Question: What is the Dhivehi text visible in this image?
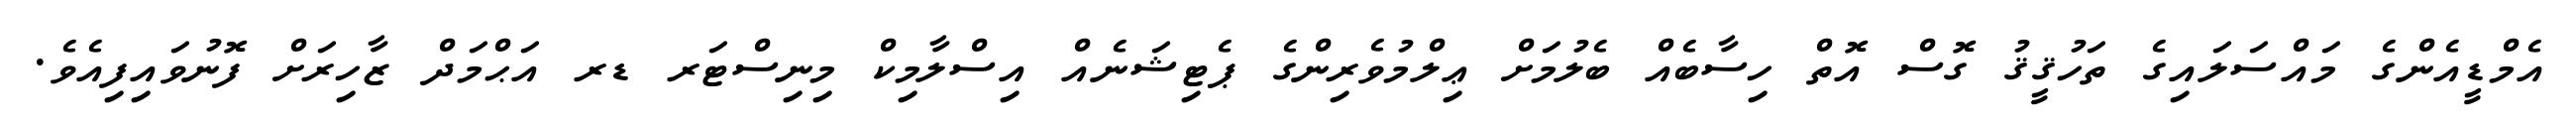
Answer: އެމްޑީއެންގެ މައްސަލައިގެ ތަހުޤީޤު ގޮސް އޮތް ހިސާބެއް ބެލުމަށް ޢިލްމުވެރިންގެ ޕެޓިޝަނެއް އިސްލާމިކް މިނިސްޓަރ ޑރ އަޙްމަދް ޒާހިރަށް ފޮނުވައިފިއެވެ.